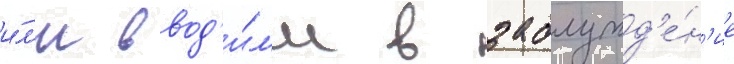
и́л'и ввод'и́л'и в заблужд'е́н'ие